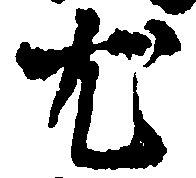
尤